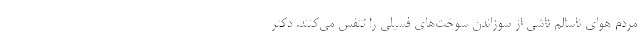
مردم هوای ناسالم ناشی از سوزاندن سوخت‌های فسیلی را تنفس می‌کنند. دکتر